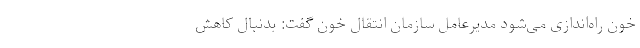
خون راه‌اندازی می‌شود مدیرعامل سازمان انتقال خون گفت: بدنبال کاهش